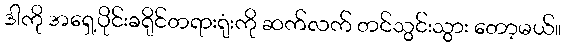
ဒါကို အရှေ့ပိုင်းခရိုင်တရားရုံးကို ဆက်လက် တင်သွင်းသွား တော့မယ်။